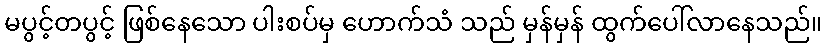
မပွင့်တပွင့် ဖြစ်နေသော ပါးစပ်မှ ဟောက်သံ သည် မှန်မှန် ထွက်ပေါ်လာနေသည်။